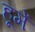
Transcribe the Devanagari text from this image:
हूमें